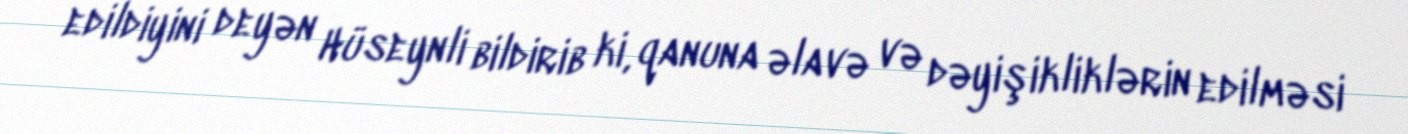
edildiyini deyən Hüseynli bildirib ki, qanuna əlavə və dəyişikliklərin edilməsi